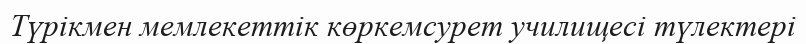
Түрікмен мемлекеттік көркемсурет училищесі түлектері